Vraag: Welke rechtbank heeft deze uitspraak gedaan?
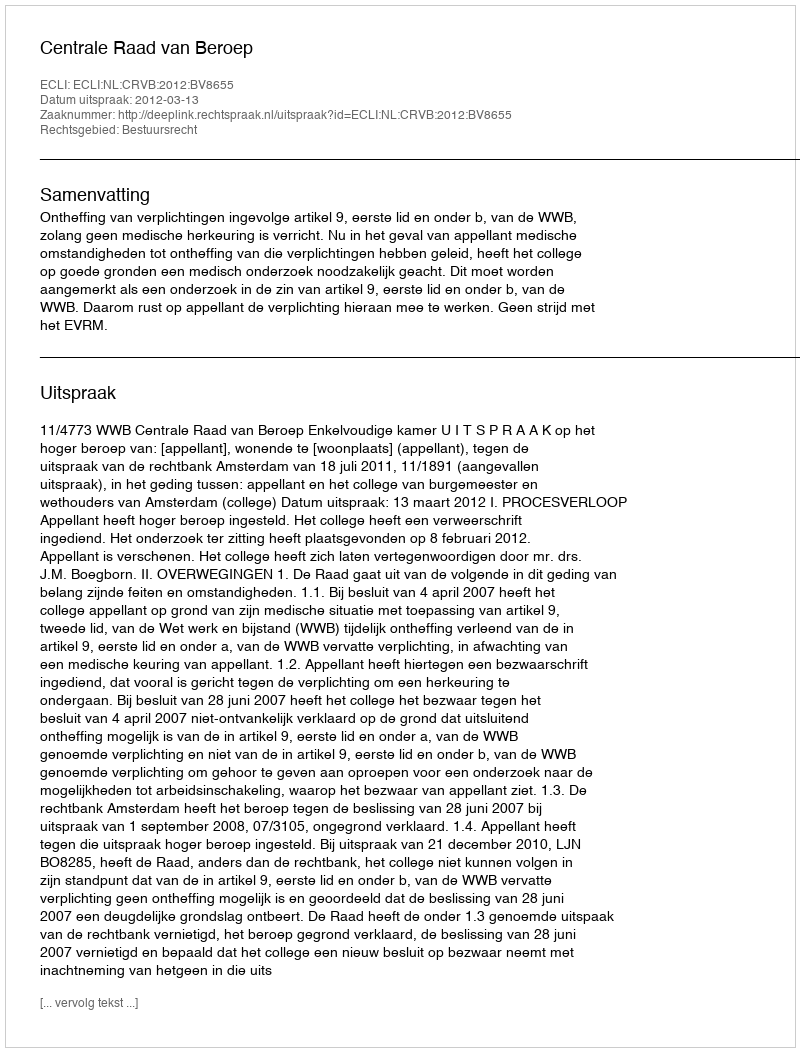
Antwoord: Centrale Raad van Beroep